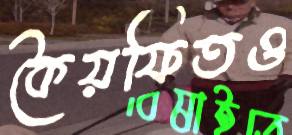
কৈয়ফিতও